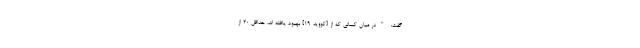
گفت: "در میان کسانی که از [کووید-19] بهبود یافته اند، حداقل 20 از